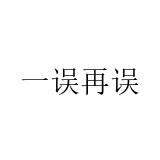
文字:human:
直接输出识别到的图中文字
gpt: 一误再误